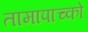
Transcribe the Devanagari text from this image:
तामापाच्को